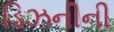
ડિઝનીની